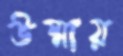
উষ্মায়